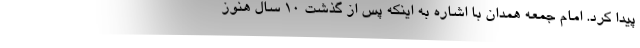
پیدا کرد. امام جمعه همدان با اشاره به اینکه پس از گذشت ۱۰ سال هنوز